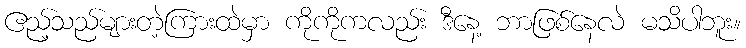
ဧည့်သည်များတဲ့ကြားထဲမှာ ကိုကိုကလည်း ဒီနေ့ ဘာဖြစ်နေလဲ မသိပါဘူး။